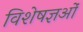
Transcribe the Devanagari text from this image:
विशेषज्ञओं